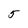
Character: 5